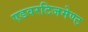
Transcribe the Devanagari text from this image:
एडवरटिजमेण्ट